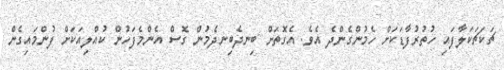
ޗަކަޗަކަލާފައި ހުތުރުފާޑަކަށް ހެމުންގެންދެ އެވެ. އެގޮތަށް ބިނދެބިނދެމުން ގޮސް އެންމެފަހުން ކުއްލިއަކަށް ފުންމައިގެން